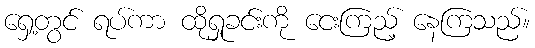
ရှေ့တွင် ရပ်ကာ ထိုရှုခင်းကို ငေးကြည့် နေကြသည်။